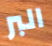
البر